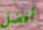
أفضل